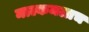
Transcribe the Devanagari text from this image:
माल्कमलाच